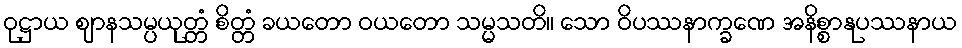
ဝုဋ္ဌာယ ဈာနသမ္ပယုတ္တံ စိတ္တံ ခယတော ဝယတော သမ္မသတိ။ သော ဝိပဿနာက္ခဏေ အနိစ္စာနုပဿနာယ